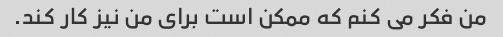
من فکر می کنم که ممکن است برای من نیز کار کند.